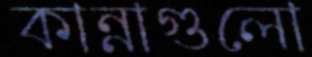
কান্নাগুলো